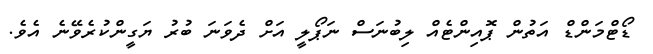
ޑޯޓްމަންޑް އަތުން ޕޮއިންޓެއް ލިބުނަސް ނަޕޯލީ އަށް ދެވަނަ ބުރު ޔަގީންކުރެވޭނެ އެވެ.